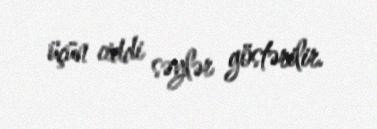
üçün ciddi səylər göstərilir.